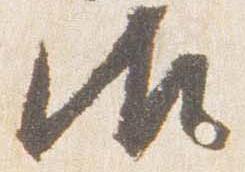
御